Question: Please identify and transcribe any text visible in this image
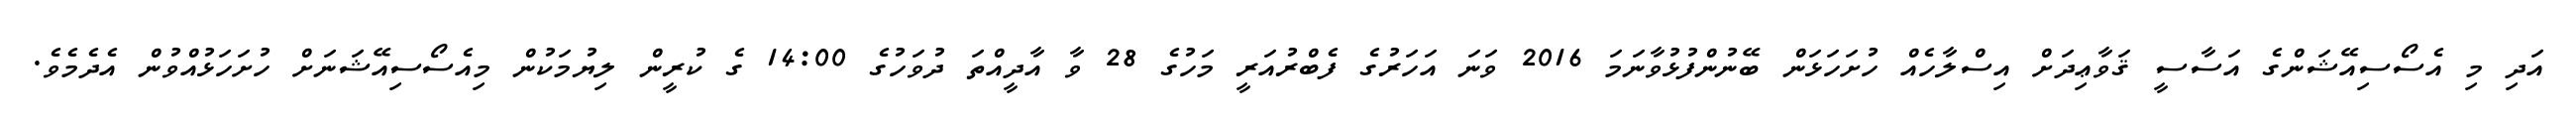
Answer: އަދި މި އެސޯސިއޭޝަންގެ އަސާސީ ޤަވާޢިދަށް އިސްލާހެއް ހުށަހަޅަން ބޭނުންފުޅުވާނަމަ 2016 ވަނަ އަހަރުގެ ފެބްރުއަރީ މަހުގެ 28 ވާ އާދީއްތަ ދުވަހުގެ 14:00 ގެ ކުރީން ލިޔުމަކުން މިއެސޯސިއޭޝަނަށް ހުށަހަޅުއްވުން އެދެމެވެ.